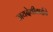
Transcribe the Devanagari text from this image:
जयदेवीताईचे